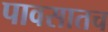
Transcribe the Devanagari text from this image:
पावसातच